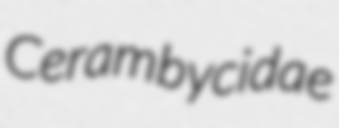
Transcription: Cerambycidae